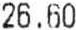
26.60